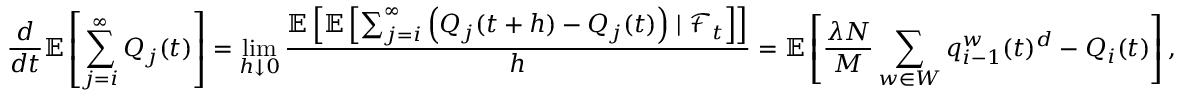
\frac { d } { d t } \mathbb { E } \left[ \sum _ { j = i } ^ { \infty } Q _ { j } ( t ) \right] = \operatorname* { l i m } _ { h \downarrow 0 } \frac { \mathbb { E } \left[ \mathbb { E } \left[ \sum _ { j = i } ^ { \infty } \left( Q _ { j } ( t + h ) - Q _ { j } ( t ) \right) \mid \mathcal { F } _ { t } \right] \right] } { h } = \mathbb { E } \left[ \frac { \lambda N } { M } \sum _ { w \in W } q _ { i - 1 } ^ { w } ( t ) ^ { d } - Q _ { i } ( t ) \right] ,